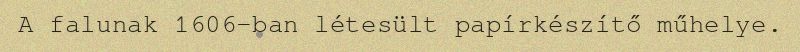
A falunak 1606-ban létesült papírkészítő műhelye.